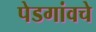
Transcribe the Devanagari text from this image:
पेडगांवचे